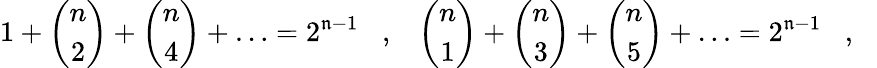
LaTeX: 1+\left(\begin{array}{c}{{n}}\\ {{2}}\end{array}\right)+\left(\begin{array}{c}{{n}}\\ {{4}}\end{array}\right)+\ldots=2^{\mathfrak{n}-1}\, \, \, \, \, ,\, \, \, \, \, \left(\begin{array}{c}{{n}}\\ {{1}}\end{array}\right)+\left(\begin{array}{c}{{n}}\\ {{3}}\end{array}\right)+\left(\begin{array}{c}{{n}}\\ {{5}}\end{array}\right)+\ldots=2^{\mathfrak{n}-1}\, \, \, \, \, ,\, \, \, \, \,